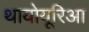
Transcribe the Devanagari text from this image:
थायोयूरिआ